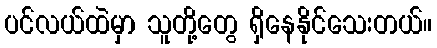
ပင်လယ်ထဲမှာ သူတို့တွေ ရှိနေနိုင်သေးတယ်။